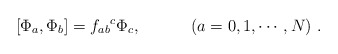
\begin{align*}[\Phi_{a},\Phi_{b}] = {f_{ab}}^{c}\Phi_{c} ,\hspace{.5in} (a=0,1,\cdots,N)~. \end{align*}